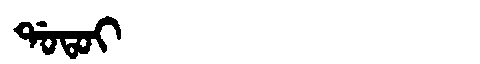
Manchu: ᡩᠣᡨᠣᡳ
Romanization: DOTOI